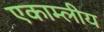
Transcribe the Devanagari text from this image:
एकाम्लीय